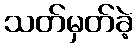
သတ်မှတ်ခဲ့